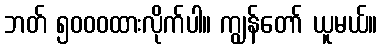
ဘတ် ၅၀၀၀ထားလိုက်ပါ။ ကျွန်တော် ယူမယ်။